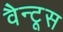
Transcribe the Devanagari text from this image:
वैन्टूस